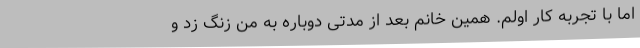
اما با تجربه کار اولم. همین خانم بعد از مدتی دوباره به من زنگ زد و